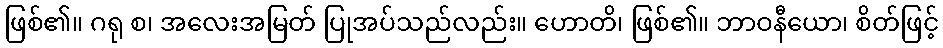
ဖြစ်၏။ ဂရု စ၊ အလေးအမြတ် ပြုအပ်သည်လည်း။ ဟောတိ၊ ဖြစ်၏။ ဘာဝနီယော၊ စိတ်ဖြင့်